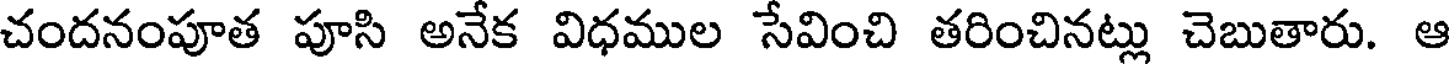
చందనంపూత పూసి అనేక విధముల సేవించి తరించినట్లు చెబుతారు. ఆ